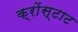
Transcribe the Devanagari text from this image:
क्रोंस्टाट